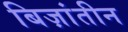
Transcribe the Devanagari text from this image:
बिज़ांतीन